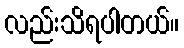
လည်းသိရပါတယ်။